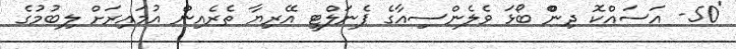
'50- އަސައްކޮ ދިންް ބޯޅަ ވެލެންސިއާގެ ޕެނަލްޓީ އޭރިޔާ ތެރެއިން އުމައިރަށް ލިބުމުގެ